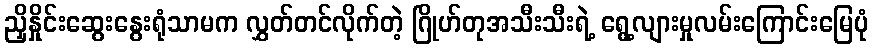
ညှိနှိုင်းဆွေးနွေးရုံသာမက လွှတ်တင်လိုက်တဲ့ ဂြိုဟ်တုအသီးသီးရဲ့ ရွေ့လျားမှုလမ်းကြောင်းမြေပုံ